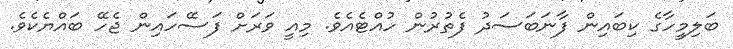
ބަލިމީހާގެ ކިބައިން ފާނަބަސަދު ފެތުރުން ހުއްޓެއެވެ. މިއީ ވަރަށް ފަސޭހައިން ޖެހޭ ބައްޔެކެވެ.